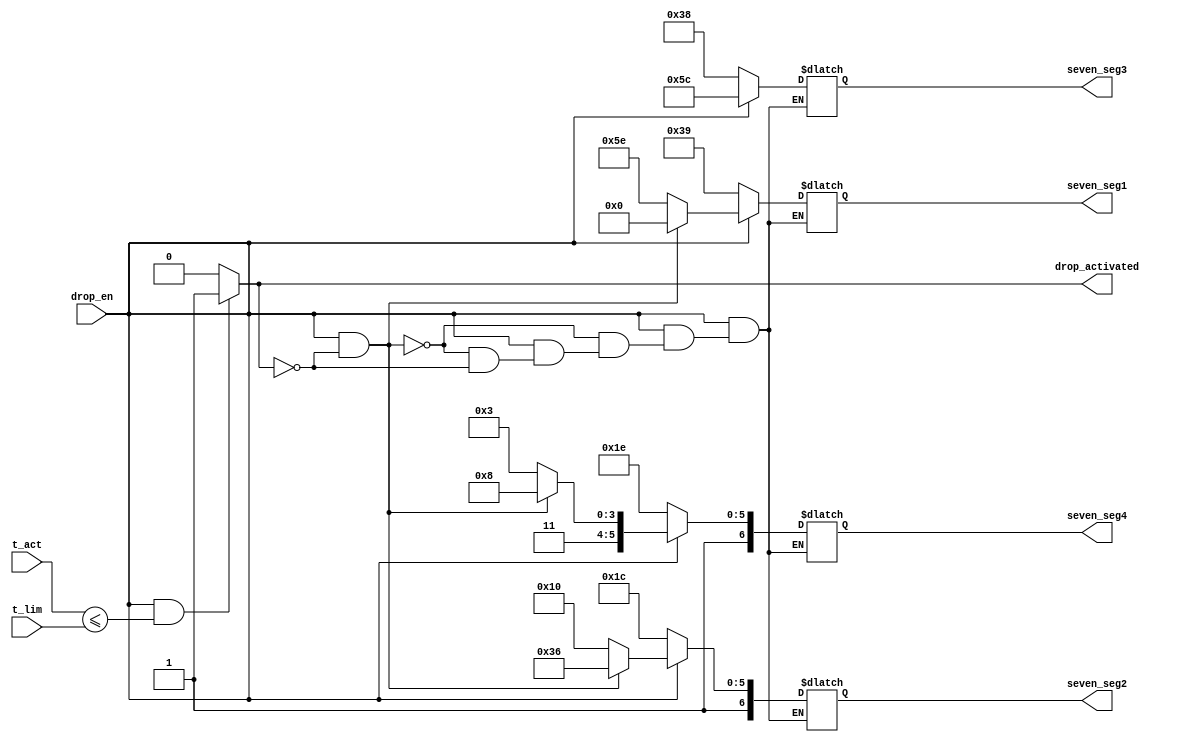
`timescale 1ns / 1ps
//////////////////////////////////////////////////////////////////////////////////
// Company: 
// Engineer: 
// 
// Design Name: 
// Module Name:    display_and_drop 
// Project Name: 
// Target Devices: 
// Tool versions: 
// Description: 
//
// Dependencies: 
//
// Revision: 
// Revision 0.01 - File Created
// Additional Comments: 
//
//////////////////////////////////////////////////////////////////////////////////
module display_and_drop(
    output  reg [6 : 0]   seven_seg1, 
    output  reg [6 : 0]   seven_seg2,
    output  reg [6 : 0]   seven_seg3,
    output  reg [6 : 0]   seven_seg4,
    output  reg [0 : 0]   drop_activated,
    input    [15: 0]   t_act,
    input    [15: 0]   t_lim,
    input              drop_en);
	 
always @(*) begin

	drop_activated = 0;
	if(drop_en == 1 && t_act <= t_lim) //conditia de lansare a pachetului
		drop_activated = 1;
		
	if (drop_en == 0) begin //afisez "cold"
		seven_seg1 = 7'b011_1001;
		seven_seg2 = 7'b101_1100;
		seven_seg3 = 7'b011_1000;
		seven_seg4 = 7'b101_1110;
	end
	
	else if (drop_en == 1 && drop_activated == 0) begin //afisez "hot"
			seven_seg1 = 7'b000_0000;
			seven_seg2 = 7'b111_0110;
			seven_seg3 = 7'b101_1100;
			seven_seg4 = 7'b111_1000;
	end
	
	else if (drop_activated == 1) begin //afisez "drop"
			seven_seg1 = 7'b101_1110;
			seven_seg2 = 7'b101_0000;
			seven_seg3 = 7'b101_1100;
			seven_seg4 = 7'b111_0011;
  end
end

endmodule